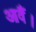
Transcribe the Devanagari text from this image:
आवैं।